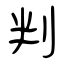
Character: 判